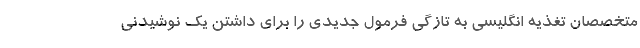
متخصصان تغذیه انگلیسی به تازگی فرمول جدیدی را برای داشتن یک نوشیدنی